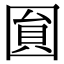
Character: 圎